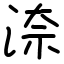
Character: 㴎